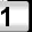
Digit: 1